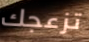
تزعجك